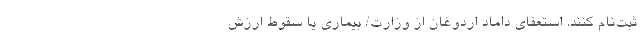
ثبت‌نام کنند. استعفای داماد اردوغان از وزارت/ بیماری یا سقوط ارزش